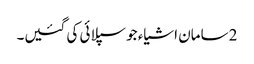
2 سامان اشیاء جو سپلائی کی گئیں۔